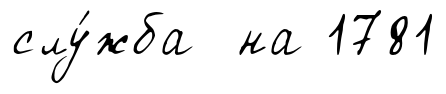
слу́жба на 1781